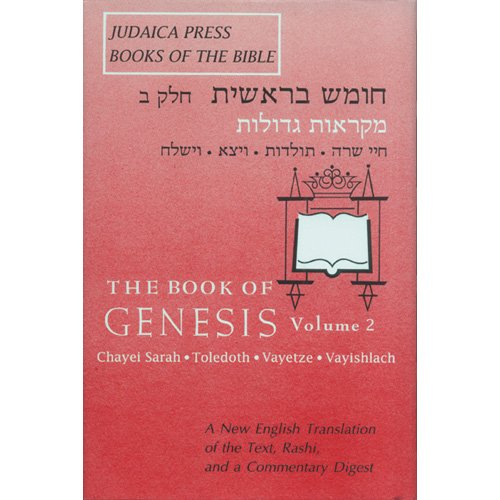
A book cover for Genesis: A New English Translation, Vol. 2; A.J. Rosenberg; Religion & Spirituality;